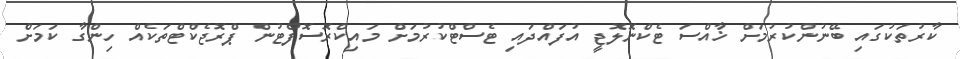
ކާރުތަކުގައި ބޭނުންކުރުމަށް ޚާއްސަ ޓެކްނޮލޮޖީ އުފައްދައި ޓެސްޓްކުރުމަށް މައިކްރޮސޮފްޓުން ޕްރޮޖެކްޓްތަކެއް ހިންގާ ކަމަށް